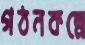
গঠনকল্পে